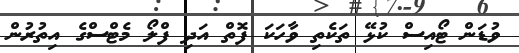
ވުޑަން ޓޯއިސް ކުޅޭ ތަކެތި ވާހަކަ ފޮތް އަދި ފްލޯ މެޓްސްގެ އިތުރުން